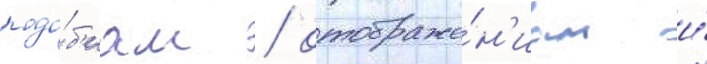
подо́б'иам / отображе́н'иам и́